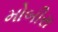
મોબીરા